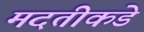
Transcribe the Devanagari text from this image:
मदतीकडे